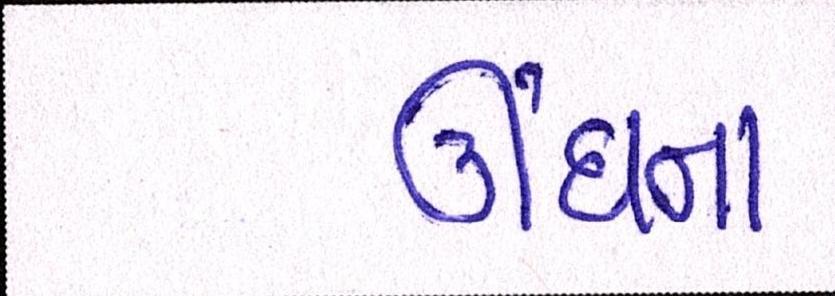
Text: ઊંઘના